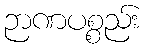
ဉာဏပစ္စည်း